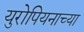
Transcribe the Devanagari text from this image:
युरोपियनाच्या